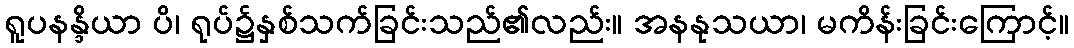
ရူပနန္ဒိယာ ပိ၊ ရုပ်၌နှစ်သက်ခြင်းသည်၏လည်း။ အနနုသယာ၊ မကိန်းခြင်းကြောင့်။